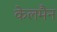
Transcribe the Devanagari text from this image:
केलमैन